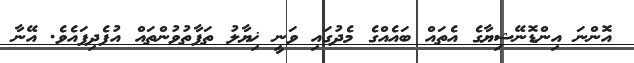
އޮންނަ އިންޑޮނޭޝިޔާގެ އެތައް ބައެއްގެ މެދުގައި ވަނީ ޚިޔާލު ތަފާތުވުންތައް އުފެދިފައެވެ. އޭނާ